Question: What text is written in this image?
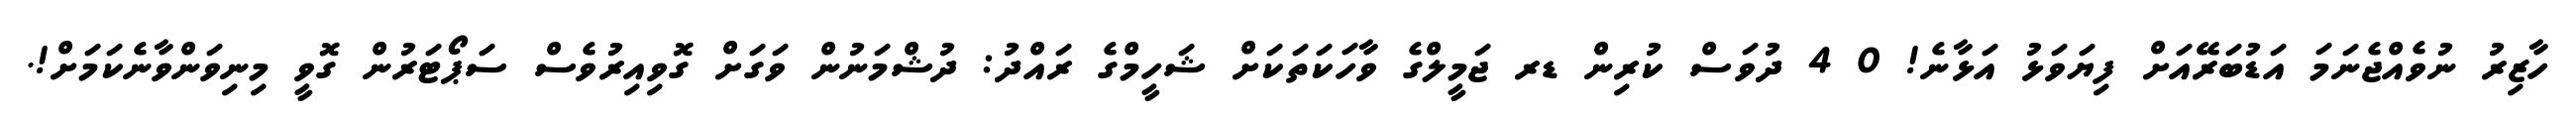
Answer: ހާޒިރު ނުވެއްޖެނަމަ އަޑުބަރޭއަށް ފިޔަވަޅު އަޅާނެ! 0 4 ދުވަސް ކުރިން ޑރ ޖަމީލްގެ ވާހަކަތަކަށް ޝަހީމްގެ ރައްދު: ދުޝްމަނުން ވަގަށް ގޮވިއިރުވެސް ސަޕޯޓަރުން ގޮވީ މިނިވަންވާނެކަމަށް!.